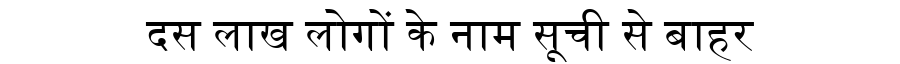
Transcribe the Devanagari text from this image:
दस लाख लोगों के नाम सूची से बाहर